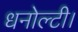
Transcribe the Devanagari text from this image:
धनोल्टी।